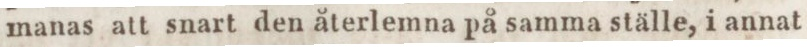
manas att snart den återlemna på samma ställe, i annat